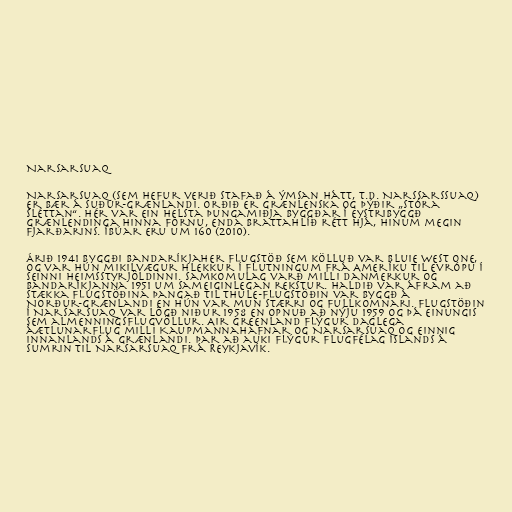
Narsarsuaq

Narsarsuaq (sem hefur verið stafað á ýmsan hátt, t.d. Narssarssuaq)
er bær á Suður-Grænlandi. Orðið er grænlenska og þýðir „stóra
sléttan“. Hér var ein helsta þungamiðja byggðar í Eystribyggð
Grænlendinga hinna fornu, enda Brattahlíð rétt hjá, hinum megin
fjarðarins. Íbúar eru um 160 (2010).

Árið 1941 byggði Bandaríkjaher flugstöð sem kölluð var Bluie West One,
og var hún mikilvægur hlekkur í flutningum frá Ameríku til Evrópu í
seinni heimsstyrjöldinni. Samkomulag varð milli Danmerkur og
Bandaríkjanna 1951 um sameiginlegan rekstur. Haldið var áfram að
stækka flugstöðina þangað til Thule-flugstöðin var byggð á
Norður-Grænlandi en hún var mun stærri og fullkomnari. Flugstöðin
í Narsarsuaq var lögð niður 1958 en opnuð að nýju 1959 og þá einungis
sem almenningsflugvöllur. Air Greenland flýgur daglega
áætlunarflug milli Kaupmannahafnar og Narsarsuaq og einnig
innanlands á Grænlandi. Þar að auki flýgur Flugfélag Íslands á
sumrin til Narsarsuaq frá Reykjavík.